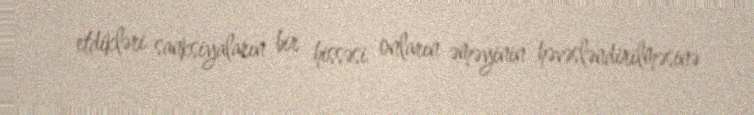
etdikləri sanksiyaların bir hissəsi onların əməyinin həvəsləndirilməsinə